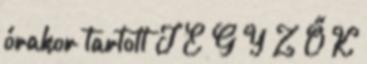
órakor tartott J E G Y Z Ő K